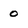
Character: 0